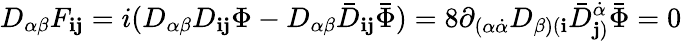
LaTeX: D_{\alpha\beta}F_{{\mathbf i}{\mathbf j}}=i(D_{\alpha\beta}D_{{\mathbf i}{\mathbf j}}\Phi-D_{\alpha\beta}{\bar{D}}_{{\mathbf i}{\mathbf j}}{\bar{\Phi}})=8\partial_{(\alpha\dot{\alpha}}D_{\beta)({\mathbf i}}{\bar{D}}_{{\mathbf j})}^{\dot{\alpha}}{\bar{\Phi}}=0